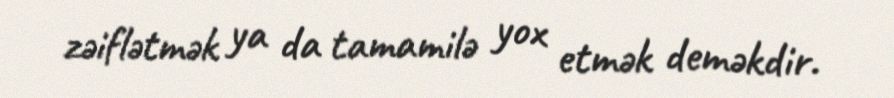
zəiflətmək ya da tamamilə yox etmək deməkdir.